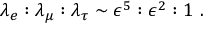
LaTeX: \lambda _ { e } : \lambda _ { \mu } : \lambda _ { \tau } \sim \epsilon ^ { 5 } : \epsilon ^ { 2 } : 1 ~ .